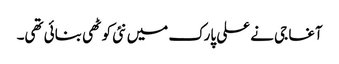
آغا جی نے علی پارک میں نئی کوٹھی بنائی تھی۔